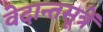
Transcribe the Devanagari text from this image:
वेदान्तसूत्रें